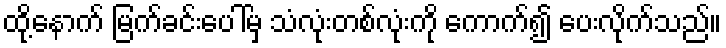
ထို့နောက် မြက်ခင်းပေါ်မှ သံလုံးတစ်လုံးကို ကောက်၍ ပေးလိုက်သည်။